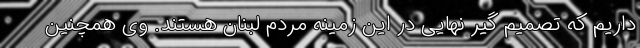
داریم که تصمیم گیر نهایی در این زمینه مردم لبنان هستند. وی همچنین